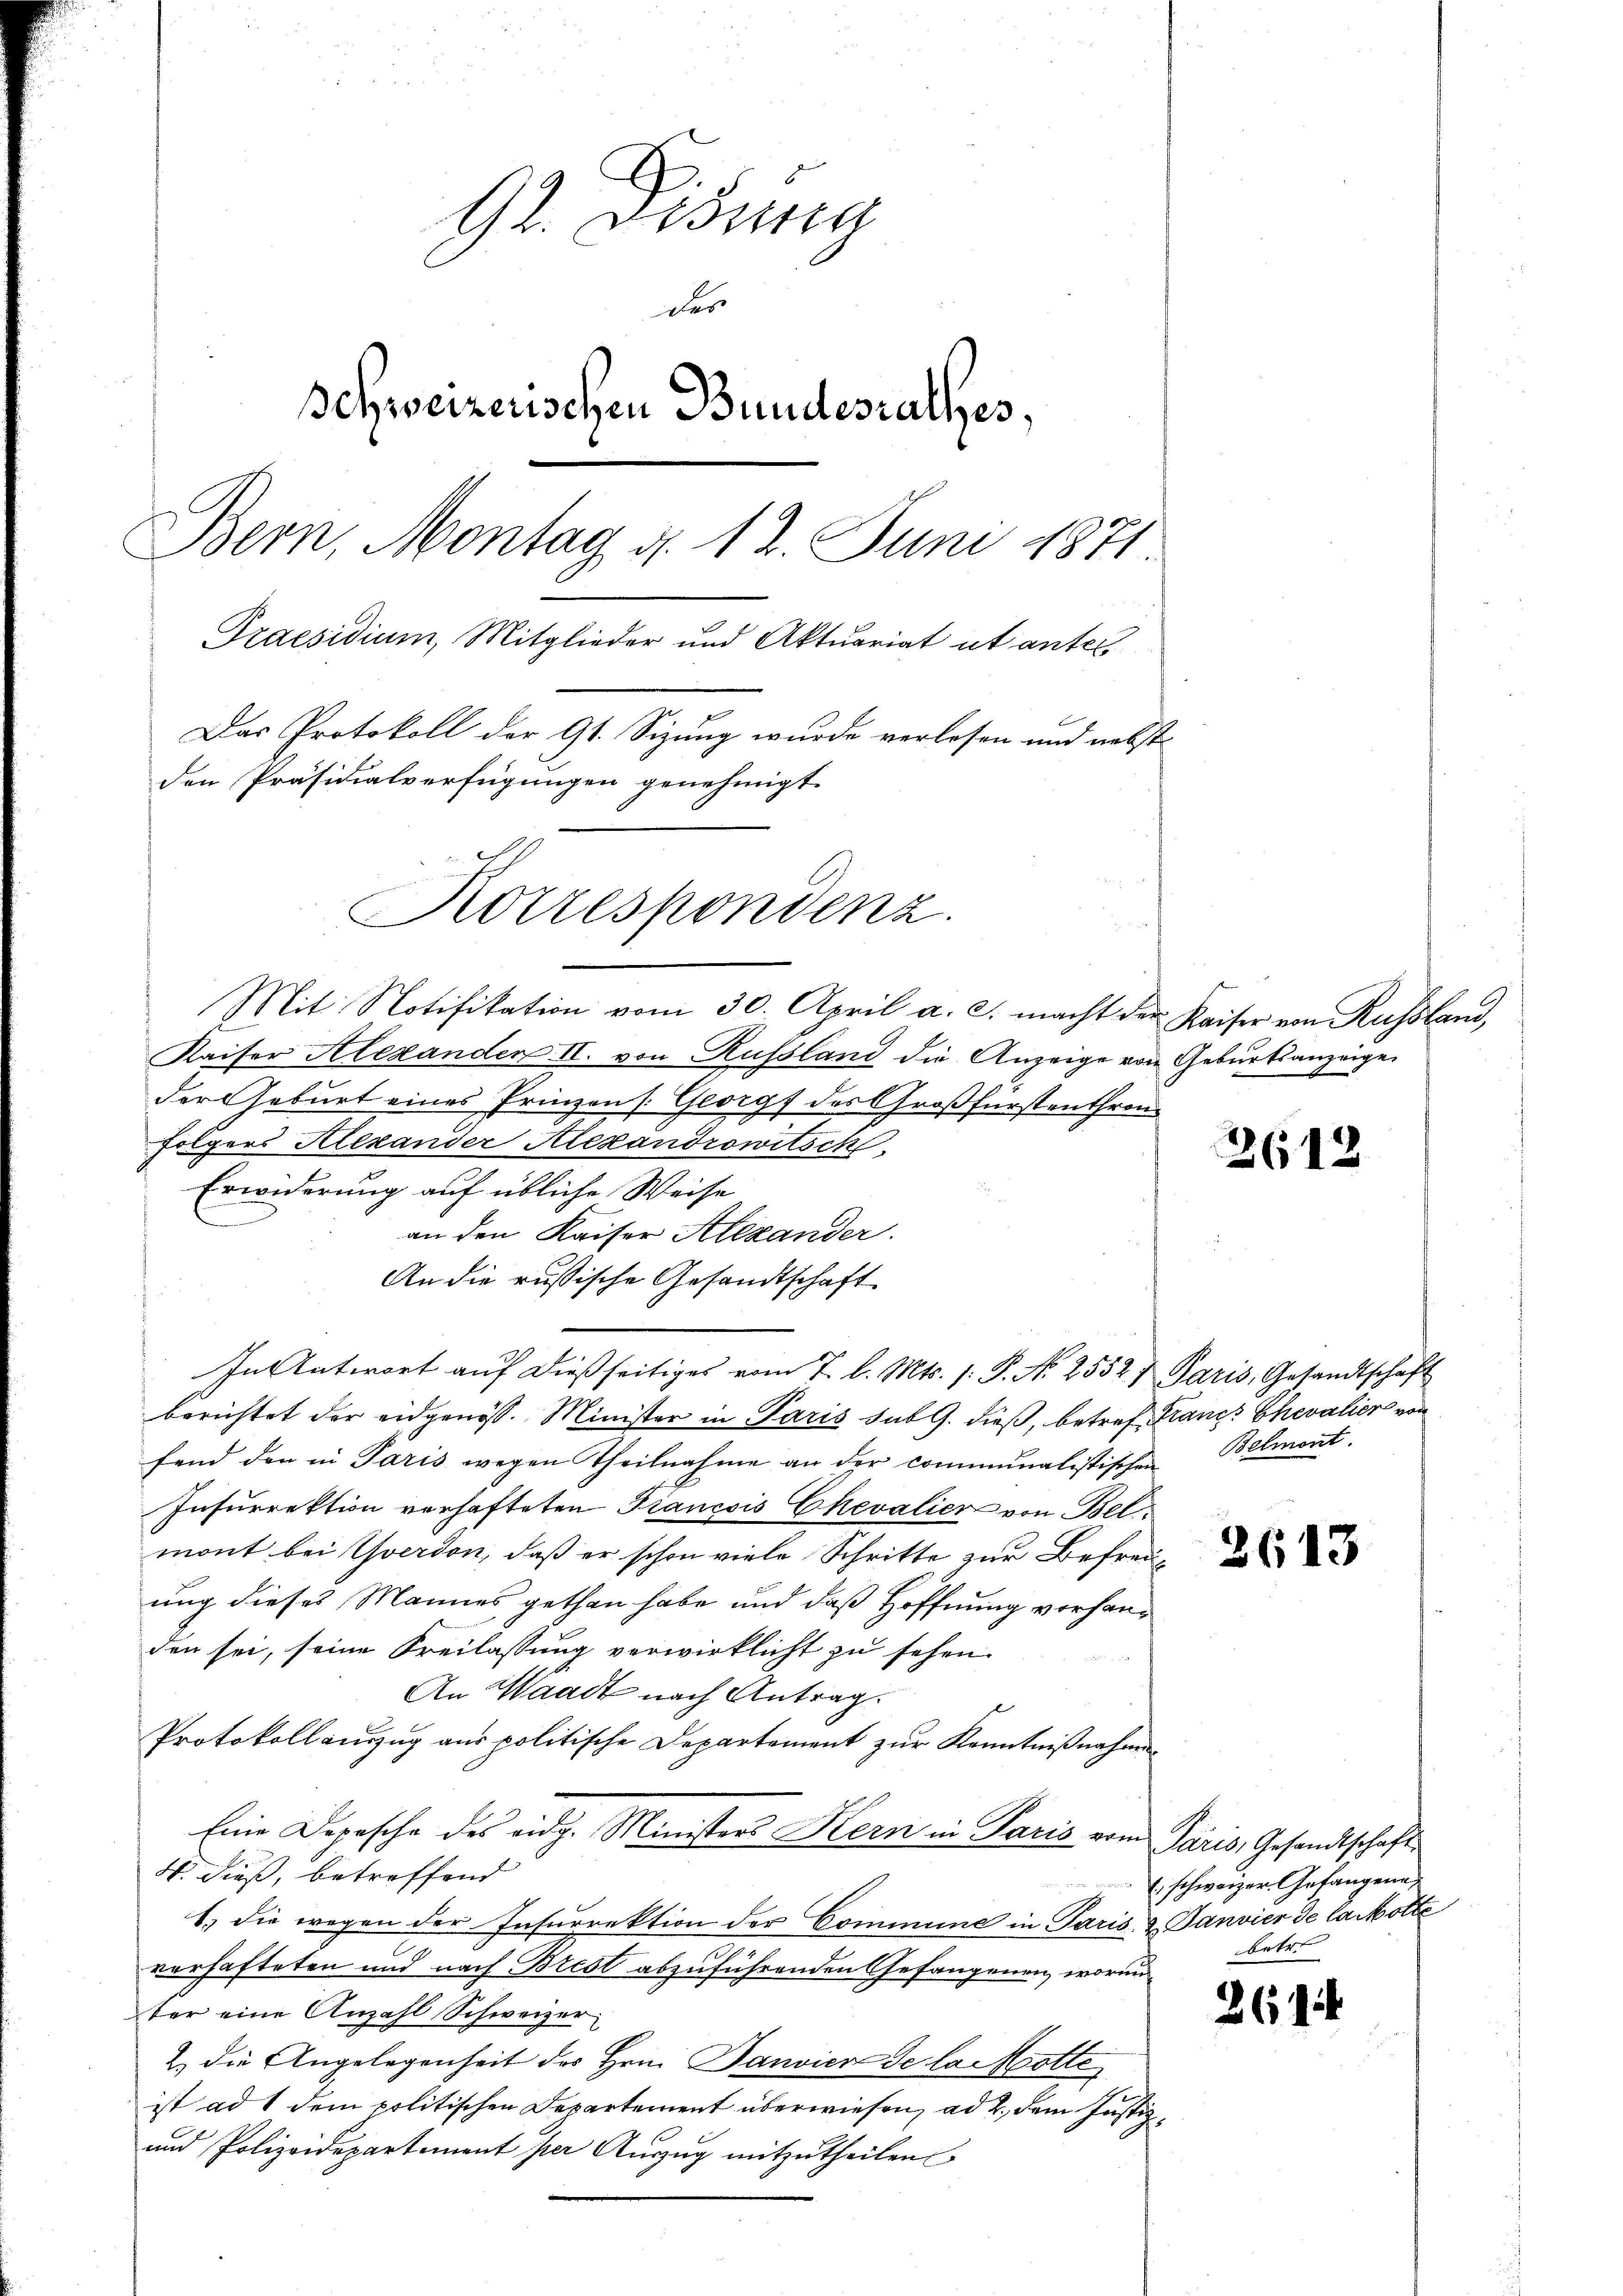
92. Dessa
der
Schweizerischen Bundesrathes,
Bern, Montag d. 12. Juni 1871
Praesidium, Mitglieder und Aktuariat ut antel
Das Protokoll der Gs. Sizung wurde verlesen und nebst
den Präsidialverfügungen genehmigt.
Korrespondenz.

Mit Notifikation vom 30. April a. c. macht der Kaiser von Russland,
Kaiser Alexanden II. von Russland die Anzeige von Geburtsanzeige
der Geburt eines Prinzen s. Georg des Großfürstenthron
Folgers Alexander Alexandrowitsch
Erwiderung auf übliche Weise
an den Kaiser Alexander.
An die russische Gesandtschaft
In Antwort aŭf dießseitiges vom 7. l. Mts. s. S. Nr. 25527 Paris, Gesandtschaft
berichtet der eidgenöss. Minister in Paris sub G. dieß, betref Planes Chevalier von
fend den in Paris wegen Theilnahme an der communalistischen Belmont.
Insurrektion verhafteten Fiancois Chevalier von Bel
mont bei verdon, daß er schon viele Schritte zur Befreuung dieses Mannes gethan habe und daß Hoffnung vorhanden sei, seine Freilassung verwirklicht zu sehen.
An Waadt nach Antrag.
Protokoll auszug aus politische Departement zur Kenntnißnahmen
Eine Depesche des eidg. Ministers Kern in Paris vom Paris, Gesandtschaft
4. dieß, betreffend
1.) die wegen der Insurrektion der Commune in Paris & Janvier de la Motte
verhafteten und nach Brest abzuführenden Gefangenen, worunter eine Anzahl Schweizer
2. die Angelegenheit des Hrn. Janvier de la otte
ist ad 1 dem politischen Departement überwiesen, ad 2., dem Justiz¬
und Polizeidepartement per Auszug mitzutheilen

2612

2613

261

E. schweizer Gefangene
betr.